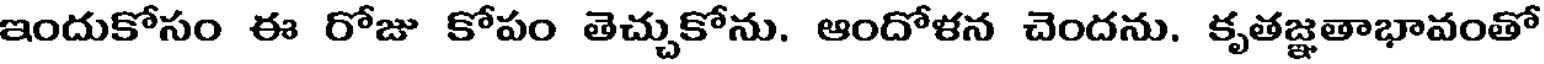
ఇందుకోసం ఈ రోజు కోపం తెచ్చుకోను. ఆందోళన చెందను. కృతజ్ఞతాభావంతో